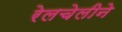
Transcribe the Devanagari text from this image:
रेलचेलीने